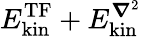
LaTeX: E_{\mathrm{kin}}^{\mathrm{TF}}+E_{\mathrm{kin}}^{\boldsymbol{\nabla}^{2}}